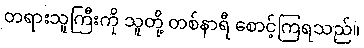
တရားသူကြီးကို သူတို့ တစ်နာရီ စောင့်ကြရသည်။